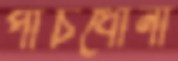
পাঁচধোনা